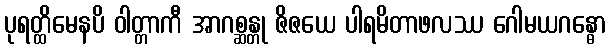
ပုရတ္ထိမေနပိ ဝါတ္တာကီ အာဂစ္ဆန္တု ဇိဇယေ ပါရမိတာဖလဿ ဂေါမယဂန္ဓော